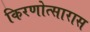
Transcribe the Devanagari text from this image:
किरणोत्सारास